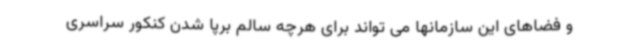
و فضاهای این سازمانها می تواند برای هرچه سالم برپا شدن کنکور سراسری